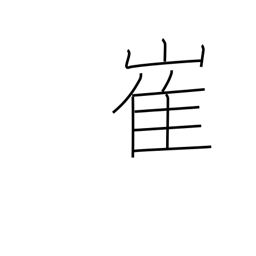
Meaning: precipice